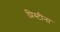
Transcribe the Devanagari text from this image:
प्रिस्टीना